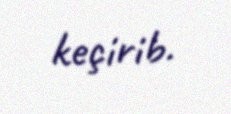
keçirib.